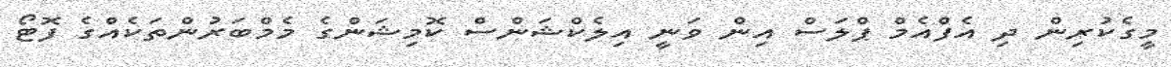
މީގެކުރިން ދި އެފްއެމް ޕްލަސް އިން ވަނީ އިލެކްޝަންސް ކޮމިޝަންގެ މެމްބަރުންތަކެއްގެ ފޮޓޯ